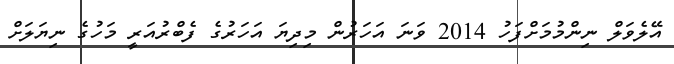
އޭލެވަލް ނިންމުމަށްފަހު 2014 ވަނަ އަހަރުން މިދިޔަ އަހަރުގެ ފެބްރުއަރީ މަހުގެ ނިޔަލަށް